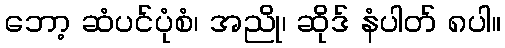
ဘော့ ဆံပင်ပုံစံ၊ အညို၊ ဆိုဒ် နံပါတ် ၈ပါ။